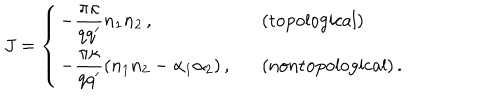
LaTeX: J = \left\{ \begin{array} { l l } { { { \displaystyle - \frac { \pi \kappa } { q q ^ { \prime } } n _ { 1 } n _ { 2 } \, , } } } & { { \mathrm { ( t o p o l o g i c a l ) } } } \\ { { { \displaystyle - \frac { \pi \kappa } { q q ^ { \prime } } ( n _ { 1 } n _ { 2 } - \alpha _ { 1 } \alpha _ { 2 } ) \, , } \ \ \ } } & { { \mathrm { ( n o n t o p o l o g i c a l ) } \, . } } \\ \end{array} \right.